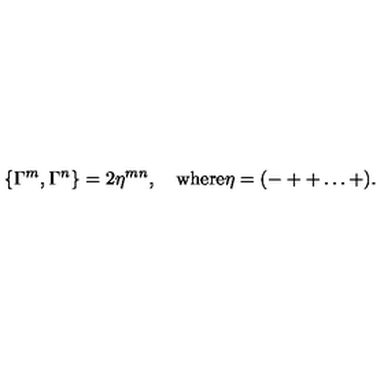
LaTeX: \{ \Gamma ^ { m } , \Gamma ^ { n } \} = 2 \eta ^ { m n } , \quad \mathrm { w h e r e } \eta = ( - + + \ldots + ) .